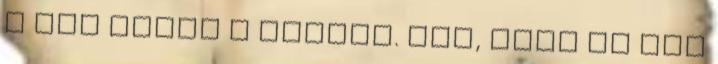
a fia mellé a földre. Ült, amíg ki nem